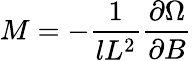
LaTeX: M=-\frac{1}{lL^{2}}\frac{\partial\Omega}{\partial B}